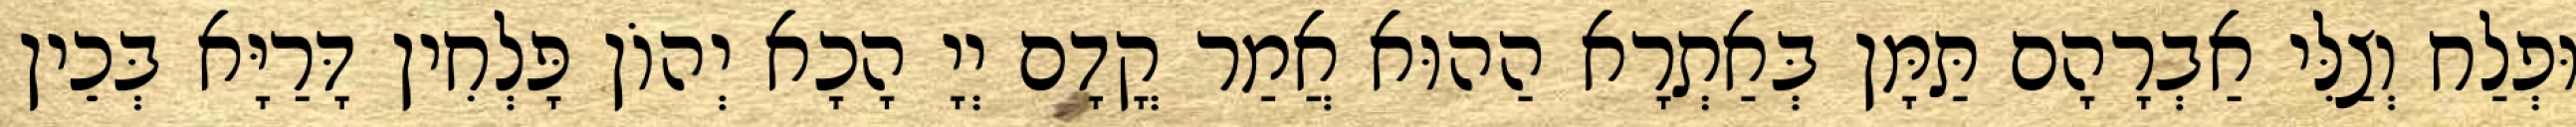
וּפְלַח וְצַלִּי אַבְרָהָם תַּמָּן בְּאַתְרָא הַהוּא אֲמַר קֳדָם יְיָ הָכָא יְהוֹן פָּלְחִין דָּרַיָּא בְּכֵין